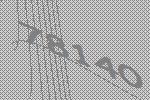
78140